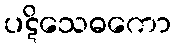
ပဋိသေဓကော